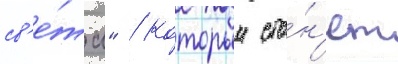
св'е́та" / которыи ста́н'ет